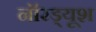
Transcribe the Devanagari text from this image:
नॉरड्यूश